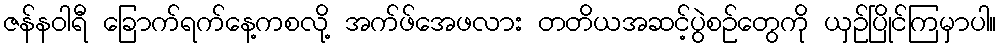
ဇန်နဝါရီ ခြောက်ရက်နေ့ကစလို့ အက်ဖ်အေဖလား တတိယအဆင့်ပွဲစဉ်တွေကို ယှဉ်ပြိုင်ကြမှာပါ။